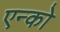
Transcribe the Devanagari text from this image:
एन्को